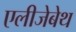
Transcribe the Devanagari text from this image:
एलीजेबेथ